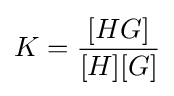
K={\frac {[HG]}{[H][G]}}